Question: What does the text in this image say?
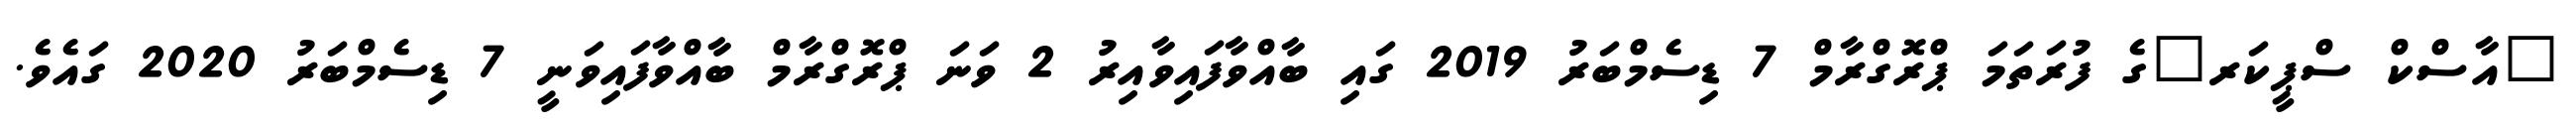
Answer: "އާސްކް ސްޕީކަރ"ގެ ފުރަތަމަ ޕްރޮގްރާމް 7 ޑިސެމްބަރު 2019 ގައި ބާއްވާފައިވާއިރު 2 ވަނަ ޕްރޮގްރާމް ބާއްވާފައިވަނީ 7 ޑިސެމްބަރު 2020 ގައެވެ.